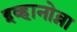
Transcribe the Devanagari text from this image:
इव्हानोव्ना